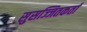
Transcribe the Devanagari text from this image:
सुसज्जितकर्ता